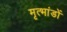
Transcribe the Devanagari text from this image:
मृत्भांडों